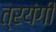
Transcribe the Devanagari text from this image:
त्रयंगी